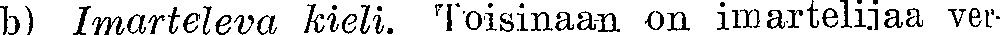
b) Imarteleva kieli. Toisinaan on imartelijaa ver-